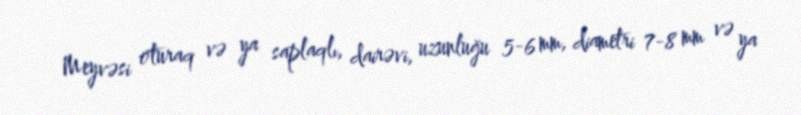
Meyvəsi oturaq və ya saplaqlı, dairəvi, uzunluğu 5-6 mm, diametri 7-8 mm və ya